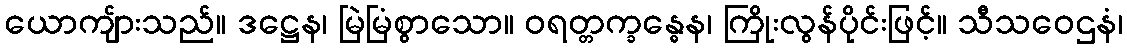
ယောကျ်ားသည်။ ဒဋ္ဌေန၊ မြဲမြံစွာသော။ ဝရတ္တက္ခန္ဓေန၊ ကြိုးလွန်ပိုင်းဖြင့်။ သီသဝေဌနံ၊